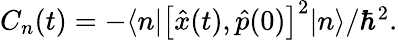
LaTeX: \begin{array}{r}{C_{n}(t)=-\langle n|\left[{\hat{x}}(t),\hat{p}(0)\right]^{2}|n\rangle/\hbar^{2}.}\end{array}